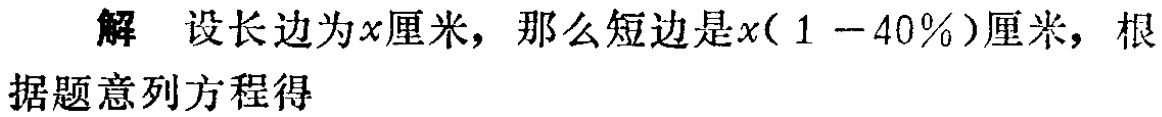
解 设长边为\(x\)厘米，那么短边是\(x(1 - 40\%)\)厘米，根据题意列方程得